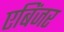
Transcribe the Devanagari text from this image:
एबिंजर